Civil Veterinary Department. Madras. Admin. report 1926-33 - 1926-1933
Year: 1926
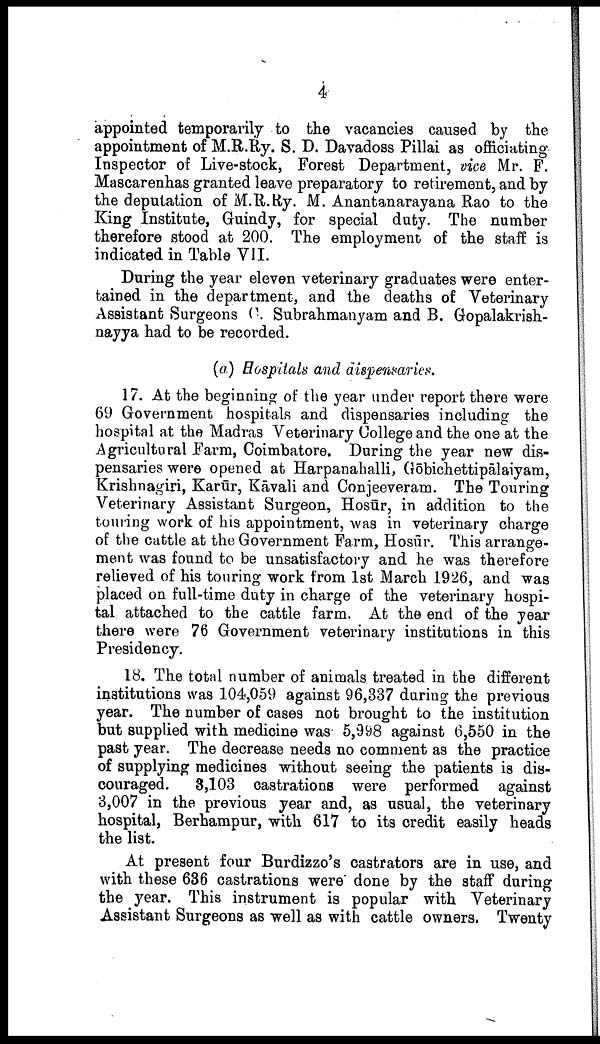
4
appointed temporarily to the vacancies caused by the
appointment of M.R.Ry. S. D. Davadoss Pillai as officiating
Inspector of Live-stock, Forest Department, vice Mr. F.
Mascarenhas granted leave preparatory to retirement, and by
the deputation of M.R.Ry. M. Anantanarayana Rao to the
King Institute, Guindy, for special duty. The number
therefore stood at 200. The employment of the staff is
indicated in Table VII.
During the year eleven veterinary graduates were enter
tained in the department, and the deaths of Veterinary
Assistant Surgeons C. Subrahmanyam and B. Gopalakrish-
nayya had to be recorded.
(a) Hospitals and dispensaries.
17. At the beginning of the year under report there were
69 Government hospitals and dispensaries including the
hospital at the Madras Veterinary College and the one at the
Agricultural Farm, Coimbatore. During the year new dis
pensaries were opened at Harpanahalli, Gōbichettipālaiyam,
Krishnagiri, Karūr, Kāvali and Conjeeveram. The Touring
Veterinary Assistant Surgeon, Hosūr, in addition to the
touring work of his appointment, was in veterinary charge
of the cattle at the Government Farm, Hosūr. This arrange
ment was found to be unsatisfactory and he was therefore
relieved of his touring work from 1st March 1926, and was
placed on full-time duty in charge of the veterinary hospi
tal attached to the cattle farm. At the end of the year
there were 76 Government veterinary institutions in this
Presidency.
18. The total number of animals treated in the different
institutions was 104,059 against 96,337 during the previous
year. The number of cases not brought to the institution
but supplied with medicine was 5,998 against 6,550 in the
past year. The decrease needs no comment as the practice
of supplying medicines without seeing the patients is dis
couraged.
3,103 castrations were performed against
3,007 in the previous year and, as usual, the veterinary
hospital, Berhampur, with 617 to its credit easily heads
the list.
At present four Burdizzo's castrators are in use, and
with these 636 castrations were done by the staff during
the year. This instrument is popular with Veterinary
Assistant Surgeons as well as with cattle owners, Twenty